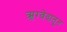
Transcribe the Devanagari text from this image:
ऋग्वेदातून